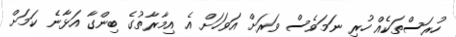
ހުރަސްތަކެއް ހުރި ނަމަވެސް ވަރަށް އަވަހަށް އެ އިމާރާތުގެ ބިންގާ އަޅާނެ ކަމަށް